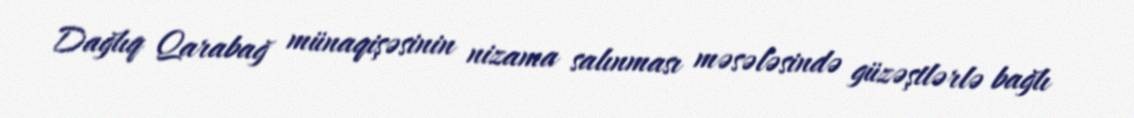
Dağlıq Qarabağ münaqişəsinin nizama salınması məsələsində güzəştlərlə bağlı